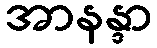
အာနန္ဒာ